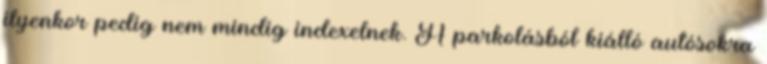
ilyenkor pedig nem mindig indexelnek. A parkolásból kiálló autósokra